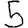
Digit: 5